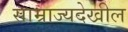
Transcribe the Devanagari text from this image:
साम्राज्यदेखील